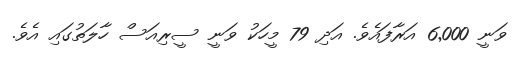
ވަނީ 6